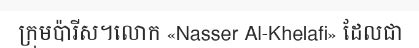
ក្រុមប៉ារីស។លោក «Nasser Al-Khelafi» ដែលជា